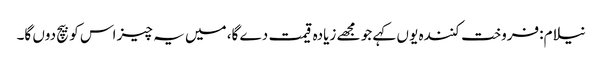
نیلام:فروخت کنندہ یو ں کہے جو مجھے زیادہ قیمت دے گا، میں یہ چیز اس کو بیچ دوں گا۔